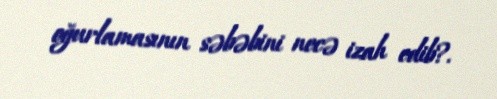
oğurlamasının səbəbini necə izah edib?.